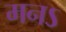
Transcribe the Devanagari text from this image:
मनऽ